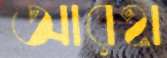
আরহা